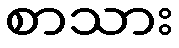
စာသား